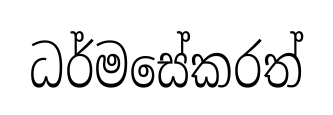
ධර්මසේකරත්